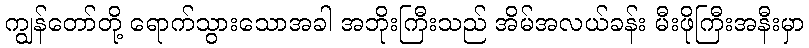
ကျွန်တော်တို့ ရောက်သွားသောအခါ အဘိုးကြီးသည် အိမ်အလယ်ခန်း မီးဖိုကြီးအနီးမှာ